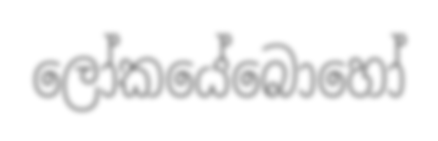
ලෝකයේබොහෝ